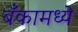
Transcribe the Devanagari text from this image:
बँकामध्ये